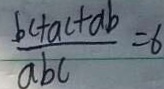
\frac { b c + a c + a b } { a b c } = 6